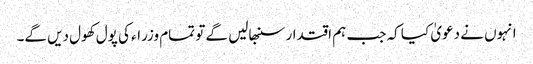
انہوں نے دعویٰ کیا کہ جب ہم اقتدار سنبھالیں گے تو تمام وزراء کی پول کھول دیں گے۔